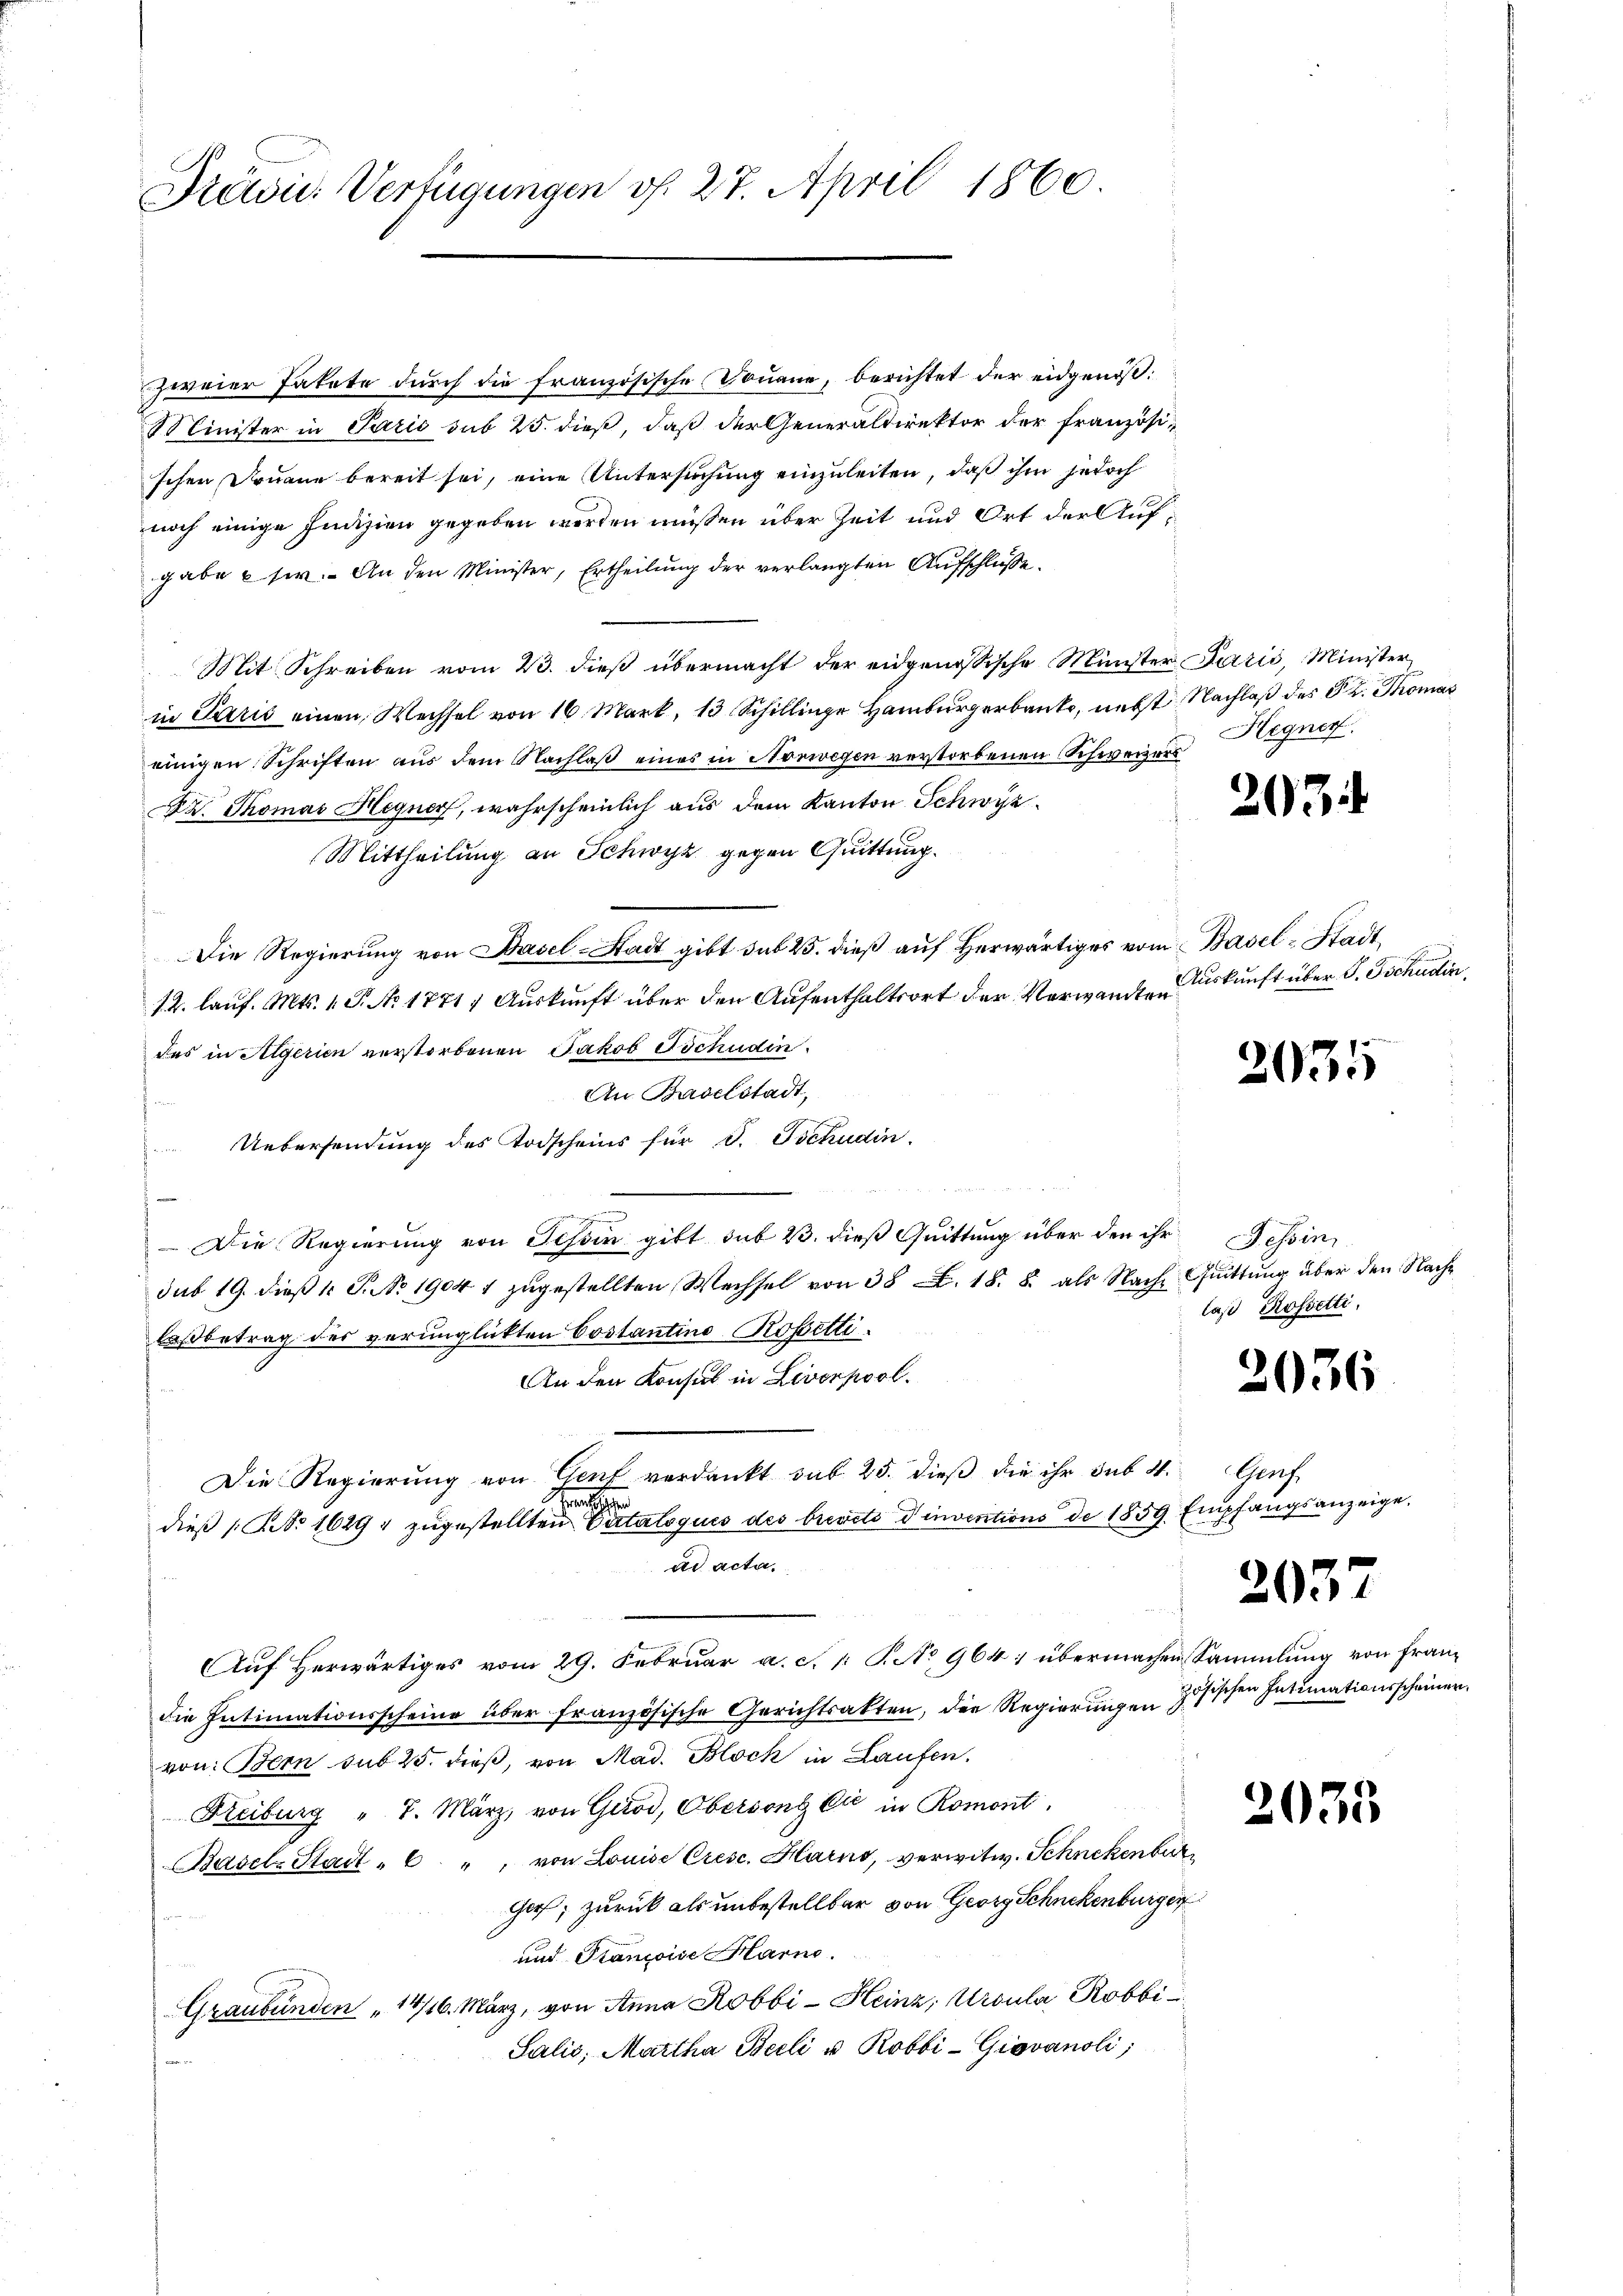
Prämie Verfügungen d. 27. April 1860.

zweier Pakete dŭrch die französische Douane, berichtet der eidgenöß¬
Minister in Paris sub 25. dieß, daß der Generaldirektor der französischen Douane bereit sei, eine Untersuchung einzuleiten, daß ihm jedoch
noch einige Indizien gegeben werden müssen über Zeit und Ort der Aufgabe usw. An den Minister, Ertheilung der verlangten Aufschlüsse.
Mit Schreiben vom 23. dieß übermacht der eidgenössische Münster Paris, Minister
in Paris einen Wechsel von 16 Mark, 13 Schillinge Hamburgerbank, nebst Nachlaß des PR. Thomas
einigen Schriften aus dem Nachlaß eines in Norwegen verstorbenen Schweizers
Dr. Thomas Hegner, wahrscheinlich aus dem Kanton Schwyz¬
Mittheilung an Schwyz gegen Quittung.
Die Regierung von Basel-Stadt gibt sub 25. dieß auf Herwärtiges vom Basel-Stadt¬
12. lauf. Mts. 1. P. No 1871; Auskunft über den Aufenthaltsort der Verwandten
des in Algerien verstorbenen Jakob Tschudin.
An Baselstadt,
Uebersendung des Todscheins für d. Tschudin.

n
Die Regierung von Tessin gibt sub 23. dieß Quittung über den ihr Tessin,
sub 19. dieß 1 S. No 1904 1 zugestellten Wechsel von 38. 18. 8. als Nach Quittung über den Nachlaßbetrag des verunglückten Costantino Rosetti.
An den Konsul in Liverpool.
Die Regierŭng von Genf verdankt sub. 25. dieβ die ihr sub. 4. Auf
ertigen
dieß Ao 1629, zugestellten Catalogués des brevets d’inventions de 1859 Empfangsanzeige,
ad acta.
Auf Herwärtiges vom 29. Februar a. c. p. P. No 964; übermachen Sammlung von Frandie Intimationsscheine über französische Gerichtsakten, der Regierŭngen zösischen Intimationsscheiner
von: Bern sub 25. dieß, von Mad. Block in Laufen.
Reiburg " 7. März, von Girod, Oberson die in Romont.
Basel-Stadt - 6. ", von Louise Crese. Karno, verwitw. Schnekenbur
Ger, zurück als unbestellbar von Georg Schnekenburger
und Stançoise Harno.
Graubünden „14/16. März, von Anna Robbi-Heinz, Ursula Robbi¬
Salis, Martha Beeli u. Robbi-Giovanoli;
2

Hegner.

203

Auskunft über J. Tschudin

2035

laß Rosselti,

2036

2057

2033